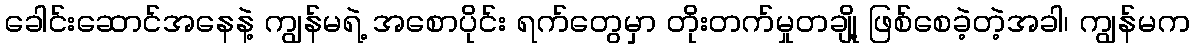
ခေါင်းဆောင်အနေနဲ့ ကျွန်မရဲ့ အစောပိုင်း ရက်တွေမှာ တိုးတက်မှုတချို့ ဖြစ်စေခဲ့တဲ့အခါ၊ ကျွန်မက